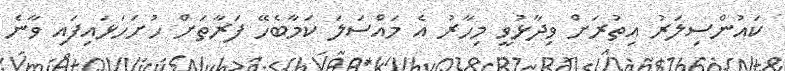
ކައުންސިލަރު އިތުރަށް ވިދާޅުވީ މިހާރު އެ މައްސަލަ ކަމާބެހޭ ފަރާތަށް ހުށަހަޅައިފައި ވާނެ